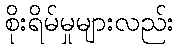
စိုးရိမ်မှုများလည်း